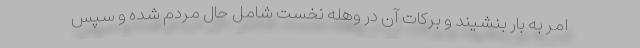
امر به بار بنشيند و بركات آن در وهله نخست شامل حال مردم شده و سپس